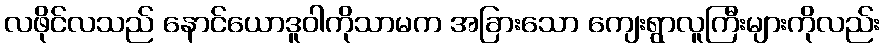
လဖိုင်လသည် နောင်ယောဒူဝါကိုသာမက အခြားသော ကျေးရွာလူကြီးများကိုလည်း